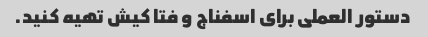
دستور العملی برای اسفناج و فتا کیش تهیه کنید.